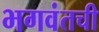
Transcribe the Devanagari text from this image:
भगवंतची